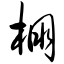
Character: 棚